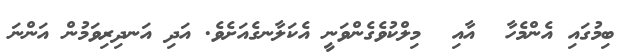
ބިމުގައި އެންމެހާ  އާއި  މިލްކުވެގެންވަނީ އެކަލާނގެއަށެވެ. އަދި އަނދިރިވަމުން އަންނަ